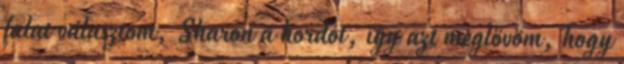
falat választom, Sharon a hordót, így azt meglövöm, hogy